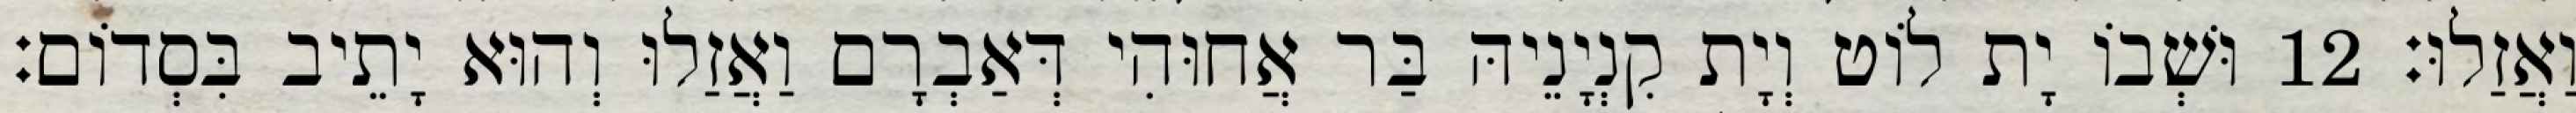
וַאֲזַלוּ׃ 12 וּשְׁבוֹ יָת לוֹט וְיָת קִנְיָנֵיהּ בַּר אֲחוּהִי דְּאַבְרָם וַאֲזַלוּ וְהוּא יָתֵיב בִּסְדוֹם׃